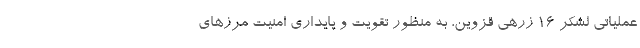
عملیاتی لشکر ۱۶ زرهی قزوین، به منظور تقویت و پایداری امنیت مرزهای